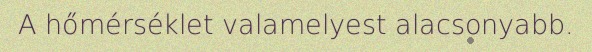
A hőmérséklet valamelyest alacsonyabb.